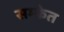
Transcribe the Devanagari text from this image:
सम्केत